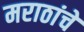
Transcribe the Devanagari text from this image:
मराठांचे